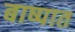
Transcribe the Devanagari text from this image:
बाष्पात